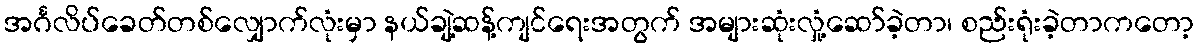
အင်္ဂလိပ်ခေတ်တစ်လျှောက်လုံးမှာ နယ်ချဲ့ဆန့်ကျင်ရေးအတွက် အများဆုံးလှုံ့ဆော်ခဲ့တာ၊ စည်းရုံးခဲ့တာကတော့